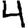
Digit: 4